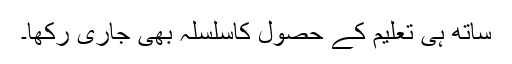
ساتھ ہی تعلیم کے حصول کاسلسلہ بھی جاری رکھا۔